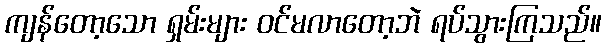
ကျန်တော့သော ရှမ်းများ ဝင်မလာတော့ဘဲ ရပ်သွားကြသည်။